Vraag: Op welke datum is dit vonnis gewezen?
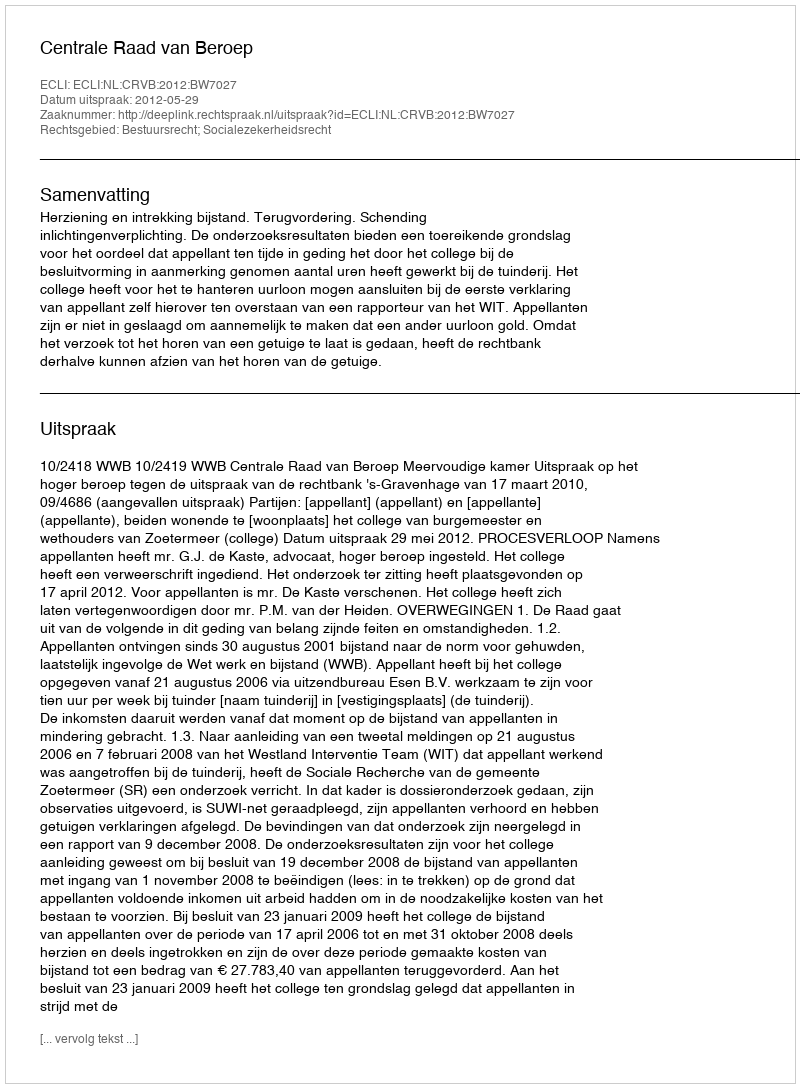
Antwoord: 2012-05-29